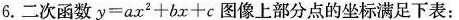
6.二次函数$$y = a x ^ { 2 } + b x + c$$图像上部分点的坐标满足下表: